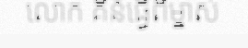
លោក គឺនំធ្វើពីម្នាស់